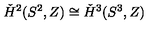
\check { H } ^ { 2 } ( S ^ { 2 } , Z ) \cong \check { H } ^ { 3 } ( S ^ { 3 } , Z )